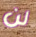
لن